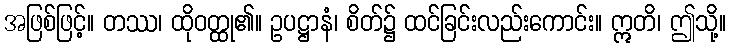
အဖြစ်ဖြင့်။ တဿ၊ ထိုဝတ္ထု၏။ ဥပဋ္ဌာနံ၊ စိတ်၌ ထင်ခြင်းလည်းကောင်း။ ဣတိ၊ ဤသို့။